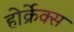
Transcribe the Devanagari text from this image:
होर्क्रेक्स